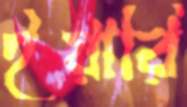
ইয়ারি